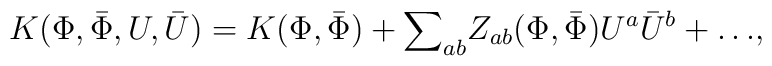
K (\Phi,{\bar \Phi}, U, {\bar U}) =  K({\Phi},{\bar \Phi}) + {\sum}_{ab} Z_{ab}({\Phi},{\bar \Phi}) U^{a}{\bar U}^{b} +{\dots},